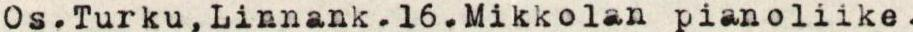
Os.Turku,Linnank.16.Mikkolan pianoliike